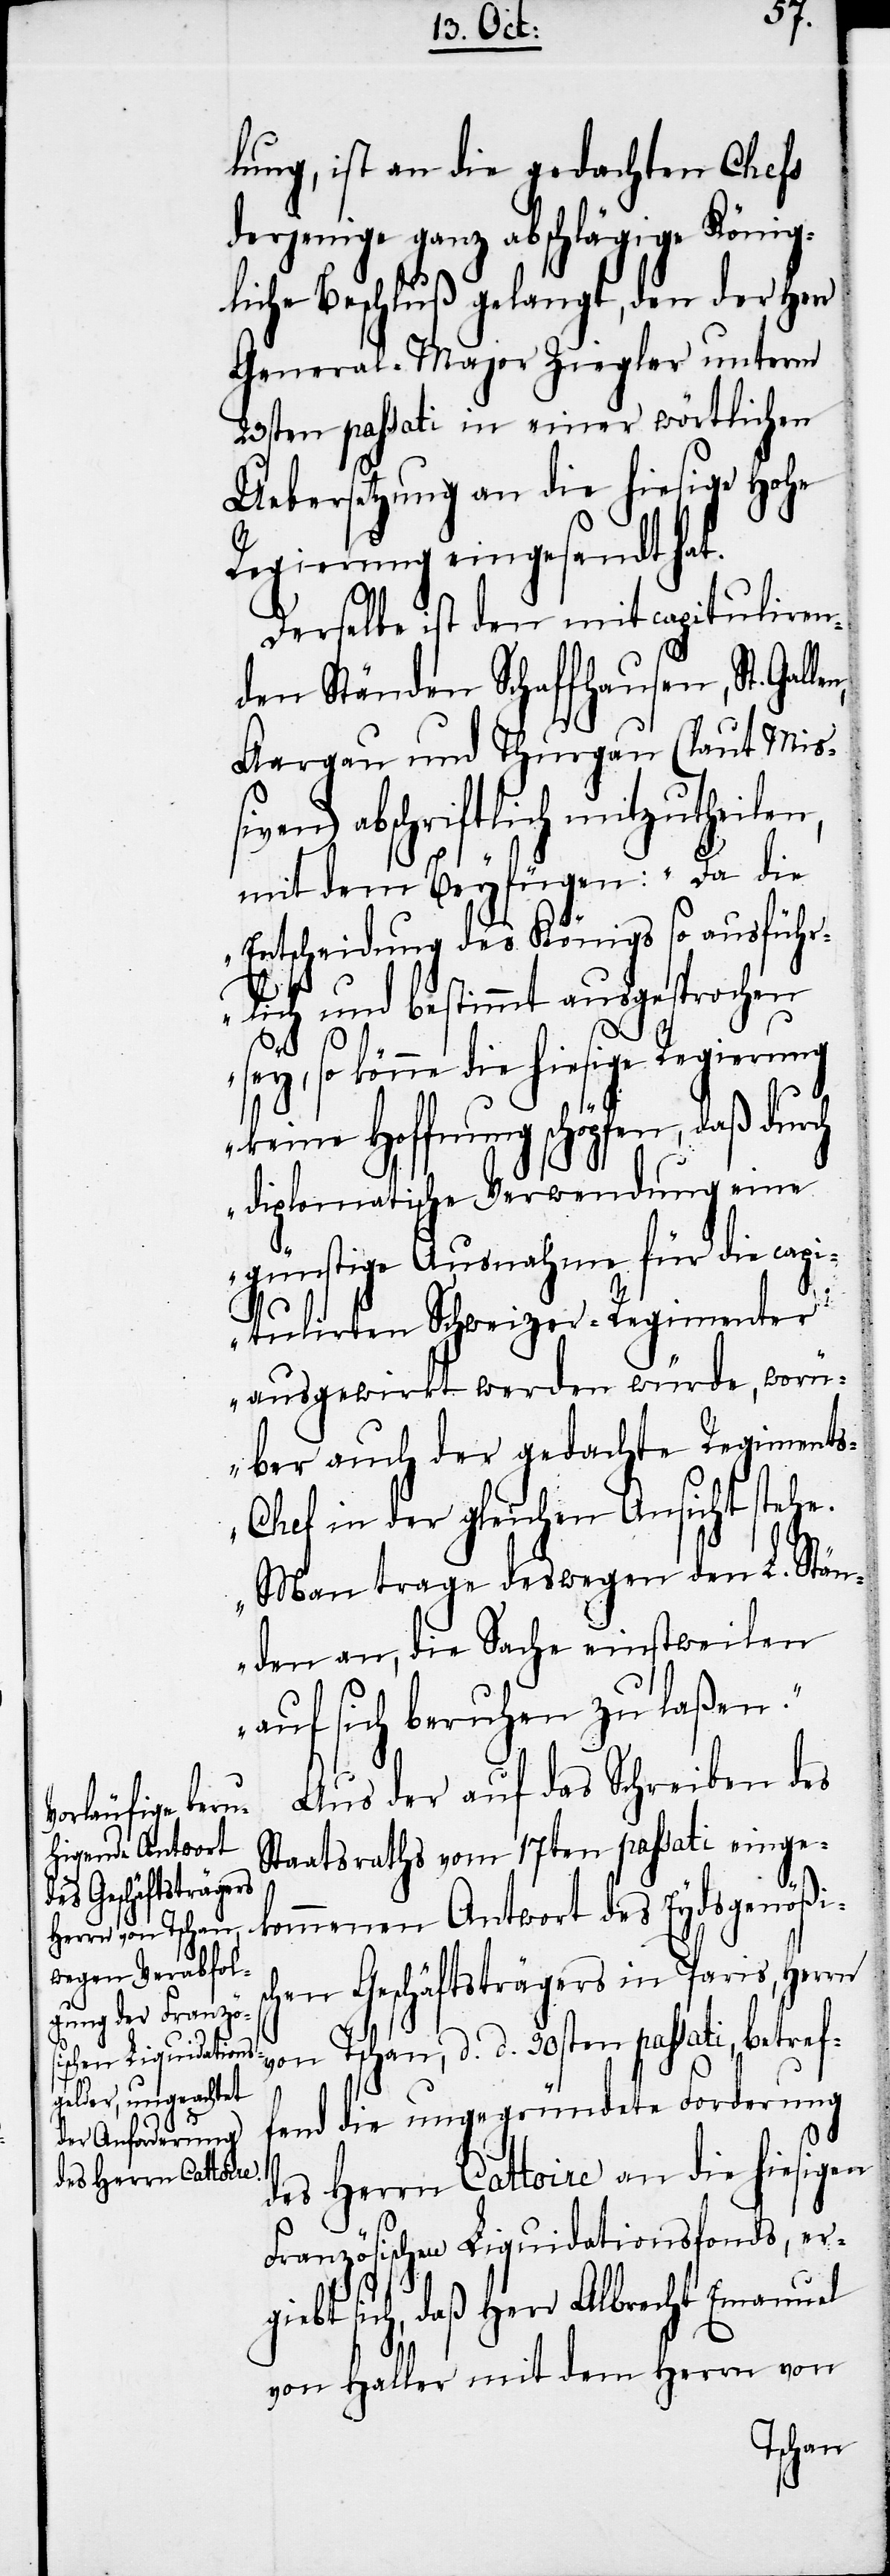
lung, ist an die gedachten Chefs
derjenige ganz abschlägige König¬
liche Beschluß gelangt, den der Herr
General-Major Ziegler unterm
23sten passati in einer wörtlichen
Uebersetzung an die hiesige Hohe
Regierung eingesandt hat.
Derselbe ist den mit capituliren¬
den Ständen Schaffhausen, St. Gal¬
Aargau und Thurgau (laut Mißi¬
ven) abschriftlich mitzutheilen,
mit dem Beyfügen: „Da die
Entscheidung des Königs so ausführ¬
lich und bestimmt ausgesprochen
sey, so könne die hiesige Regierung
keine Hoffnung schöpfen, daß durch
diplomatische Verwendung eine
günstige Ausnahme für die capi¬
tulirten Schweizer-Regimenter
ausgewirkt werden würde, worü¬
ber auch der gedachte Regiment¬
s-Chef in der gleichen Ansicht stehe.
d. d.
Man trage deswegen den L. Stän¬
den an, die Sache einstweilen
auf sich beruhen zu laßen.“
Aus der auf das Schreiben des
Staatsraths vom 17ten passati einge¬
kommenen Antwort des Eydsgenößis¬
chen Geschäftsträgers in Paris, Herrn
30sten passati, betref¬
fend die ungegründete Forderung
des Herrn Cattoire an die hiesigen
französischen Liquidationsfonds, erg¬
iebt sich, daß Herr Albrecht Emanuel
von Haller mit dem Herrn von
Tschan,